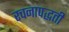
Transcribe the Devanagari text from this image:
रचनापद्धती